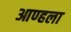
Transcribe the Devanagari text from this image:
आण्हला